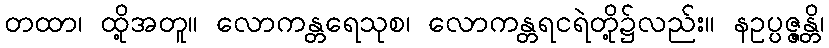
တထာ၊ ထို့အတူ။ လောကန္တရေသုစ၊ လောကန္တရငရဲတို့၌လည်း။ နဥပ္ပဇ္ဇန္တိ၊